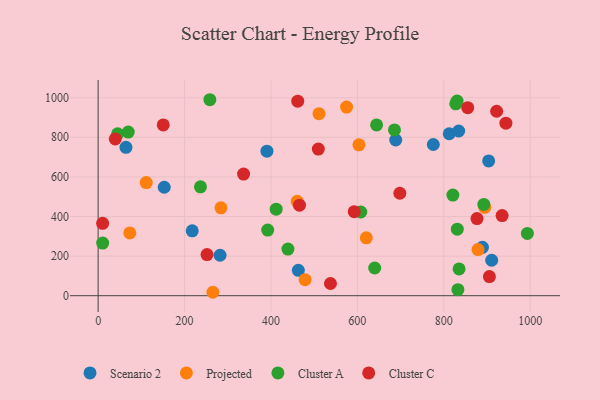
{"axis": {"x": "Study Hours", "y": "Yield"}, "legend": ["Cluster A", "Cluster C", "Projected", "Scenario 2"], "data": [{"x": "153.0", "y": 547.7, "type": "Scenario 2"}, {"x": "390.7", "y": 730.1, "type": "Scenario 2"}, {"x": "282.2", "y": 204.2, "type": "Scenario 2"}, {"x": "910.9", "y": 179.0, "type": "Scenario 2"}, {"x": "688.8", "y": 786.2, "type": "Scenario 2"}, {"x": "812.6", "y": 817.8, "type": "Scenario 2"}, {"x": "775.8", "y": 763.5, "type": "Scenario 2"}, {"x": "217.8", "y": 327.7, "type": "Scenario 2"}, {"x": "463.4", "y": 128.2, "type": "Scenario 2"}, {"x": "903.9", "y": 680.5, "type": "Scenario 2"}, {"x": "889.5", "y": 244.1, "type": "Scenario 2"}, {"x": "64.4", "y": 749.1, "type": "Scenario 2"}, {"x": "834.5", "y": 831.7, "type": "Scenario 2"}, {"x": "603.6", "y": 762.0, "type": "Projected"}, {"x": "460.8", "y": 476.7, "type": "Projected"}, {"x": "894.9", "y": 446.5, "type": "Projected"}, {"x": "479.1", "y": 80.8, "type": "Projected"}, {"x": "284.3", "y": 443.6, "type": "Projected"}, {"x": "879.2", "y": 232.8, "type": "Projected"}, {"x": "620.7", "y": 292.4, "type": "Projected"}, {"x": "73.3", "y": 317.0, "type": "Projected"}, {"x": "265.6", "y": 17.3, "type": "Projected"}, {"x": "575.0", "y": 952.4, "type": "Projected"}, {"x": "511.2", "y": 919.5, "type": "Projected"}, {"x": "111.3", "y": 571.3, "type": "Projected"}, {"x": "644.5", "y": 862.5, "type": "Cluster A"}, {"x": "236.9", "y": 550.0, "type": "Cluster A"}, {"x": "993.5", "y": 314.4, "type": "Cluster A"}, {"x": "685.9", "y": 837.3, "type": "Cluster A"}, {"x": "608.0", "y": 422.7, "type": "Cluster A"}, {"x": "827.8", "y": 969.0, "type": "Cluster A"}, {"x": "439.3", "y": 235.4, "type": "Cluster A"}, {"x": "45.1", "y": 817.7, "type": "Cluster A"}, {"x": "412.1", "y": 437.2, "type": "Cluster A"}, {"x": "832.7", "y": 30.6, "type": "Cluster A"}, {"x": "640.1", "y": 140.0, "type": "Cluster A"}, {"x": "830.8", "y": 982.8, "type": "Cluster A"}, {"x": "831.3", "y": 335.8, "type": "Cluster A"}, {"x": "892.7", "y": 460.9, "type": "Cluster A"}, {"x": "10.5", "y": 266.0, "type": "Cluster A"}, {"x": "69.7", "y": 826.2, "type": "Cluster A"}, {"x": "835.4", "y": 135.2, "type": "Cluster A"}, {"x": "392.5", "y": 331.5, "type": "Cluster A"}, {"x": "821.1", "y": 508.0, "type": "Cluster A"}, {"x": "258.6", "y": 989.7, "type": "Cluster A"}, {"x": "462.0", "y": 982.3, "type": "Cluster C"}, {"x": "336.6", "y": 614.0, "type": "Cluster C"}, {"x": "943.8", "y": 871.4, "type": "Cluster C"}, {"x": "698.3", "y": 517.5, "type": "Cluster C"}, {"x": "252.0", "y": 207.6, "type": "Cluster C"}, {"x": "39.7", "y": 791.9, "type": "Cluster C"}, {"x": "922.4", "y": 931.6, "type": "Cluster C"}, {"x": "935.0", "y": 404.8, "type": "Cluster C"}, {"x": "905.6", "y": 96.6, "type": "Cluster C"}, {"x": "592.8", "y": 424.2, "type": "Cluster C"}, {"x": "10.4", "y": 365.7, "type": "Cluster C"}, {"x": "855.4", "y": 949.8, "type": "Cluster C"}, {"x": "537.7", "y": 61.6, "type": "Cluster C"}, {"x": "876.9", "y": 389.3, "type": "Cluster C"}, {"x": "509.6", "y": 740.3, "type": "Cluster C"}, {"x": "150.7", "y": 862.4, "type": "Cluster C"}, {"x": "466.0", "y": 457.4, "type": "Cluster C"}]}